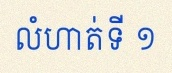
លំហាត់ទី ១